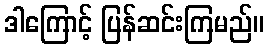
ဒါကြောင့် ပြန်ဆင်းကြမည်။